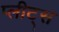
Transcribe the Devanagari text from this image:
प्लीट्स